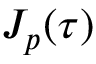
J _ { { p } } ( \tau )